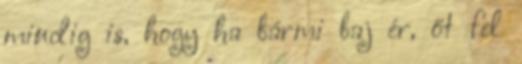
mindig is, hogy ha bármi baj ér, őt fel